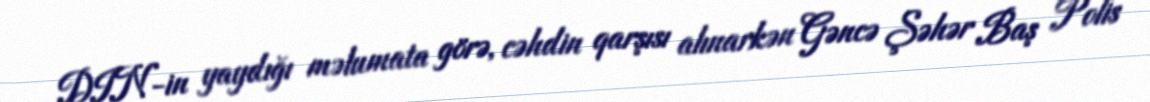
DIN-in yaydığı məlumata görə, cəhdin qarşısı alınarkən Gəncə Şəhər Baş Polis